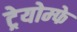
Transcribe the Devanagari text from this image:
ट्रेयोम्फे